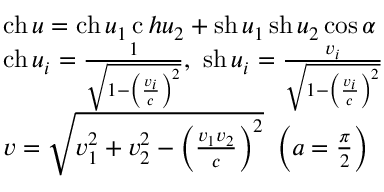
\begin{array} { l } { \operatorname { c h } { u } = \operatorname { c h } { u _ { 1 } } \operatorname { c } h { u _ { 2 } } + \operatorname { s h } { u _ { 1 } } \operatorname { s h } { u _ { 2 } } \cos \alpha } \\ { \operatorname { c h } { u _ { i } } = { \frac { 1 } { \sqrt { 1 - \left( { \frac { v _ { i } } { c } } \right) ^ { 2 } } } } , \ \operatorname { s h } { u _ { i } } = { \frac { v _ { i } } { \sqrt { 1 - \left( { \frac { v _ { i } } { c } } \right) ^ { 2 } } } } } \\ { v = { \sqrt { v _ { 1 } ^ { 2 } + v _ { 2 } ^ { 2 } - \left( { \frac { v _ { 1 } v _ { 2 } } { c } } \right) ^ { 2 } } } \ \left( a = { \frac { \pi } { 2 } } \right) } \end{array}